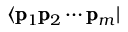
\langle \pmb { \mathrm { p } } _ { 1 } \pmb { \mathrm { p } } _ { 2 } \cdots \pmb { \mathrm { p } } _ { m } |